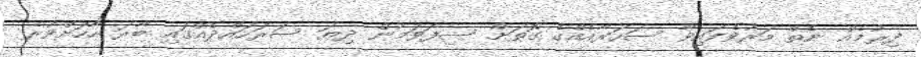
ދިރުމެއް ނެތް މަރުވެފައިވާ ސަހަރާއެއްގެ ގޮތަށް ސިފަވަމުން ދިޔަ ސަރަހައްދެއްގައި ބާރަ ހާހަށްވުރެ